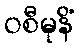
ဝစီမုနိံ